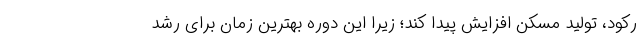
رکود، تولید مسکن افزایش پیدا کند؛ زیرا این دوره بهترین زمان برای رشد